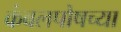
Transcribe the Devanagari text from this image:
कंबलपोषच्या